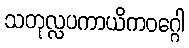
သတုလ္လပကာယိကဝဂ္ဂေါ